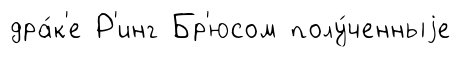
дра́к'е Р'инг Бр'юсом полу́ченныjе